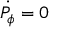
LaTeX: { \dot { P _ { \phi } } } = 0